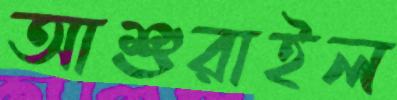
আশুরাইল